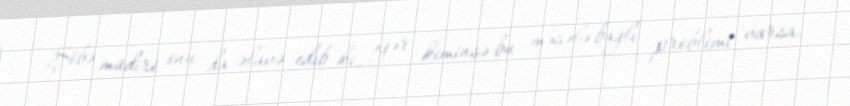
Şöbə müdiri onu da əlavə edib ki, əgər kiminsə bu məsələ bağlı problemi varsa,